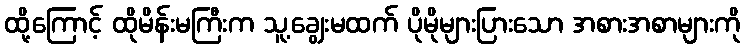
ထို့ကြောင့် ထိုမိန်းမကြီးက သူ့ချွေးမထက် ပိုမိုများပြားသော အစားအစာများကို